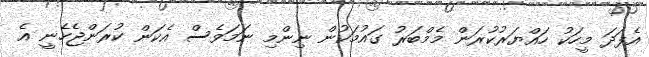
އެފަދަ މީހަކު ހައްޔަރުކުރަން މެމްބަރު ގައުމަކުން ނިންމި ނަމަވެސް އެކަން ކުރަންޖެހެނީ އެ